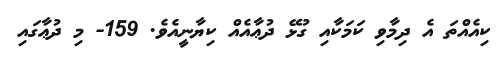
ކިއެއްތަ އެ ދިމާވި ކަމަކާއި ގުޅޭ ދުޢާއެއް ކިޔާނީއެވެ. 159- މި ދުޢާގައި